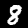
Digit: 8